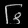
Digit: ၆